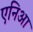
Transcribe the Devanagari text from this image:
एनिआ